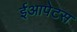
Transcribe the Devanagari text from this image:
ईआपेटस